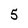
Character: 5